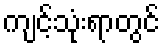
ကျင့်သုံးရာတွင်